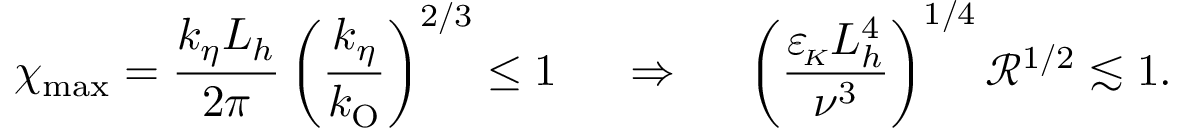
\chi _ { \mathrm { m a x } } = \frac { k _ { \eta } L _ { h } } { 2 \pi } \left( \frac { k _ { \eta } } { k _ { \mathrm { O } } } \right) ^ { 2 / 3 } \leq 1 ~ ~ ~ ~ \Rightarrow ~ ~ ~ ~ \left( \frac { { \varepsilon _ { \! \scriptscriptstyle K } } L _ { h } ^ { 4 } } { \nu ^ { 3 } } \right) ^ { 1 / 4 } \mathcal { R } ^ { 1 / 2 } \lesssim 1 .